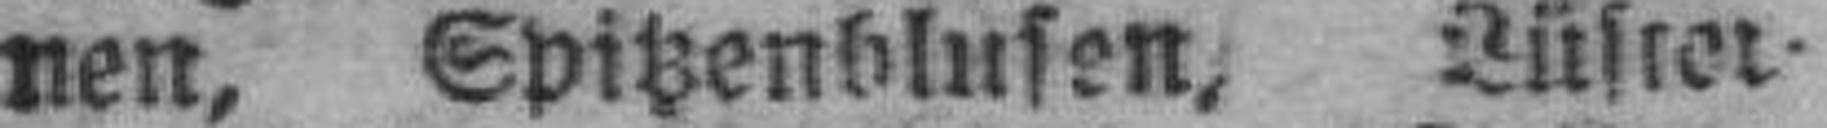
nen, Spitzenblusen, Lüster¬